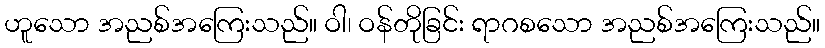
ဟူသော အညစ်အကြေးသည်။ ဝါ၊ ဝန်တိုခြင်း ရာဂစသော အညစ်အကြေးသည်။